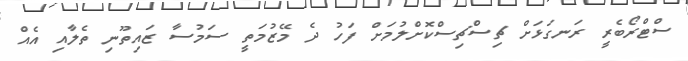
ސްޓްރޯބެރީ ރަނގަޅަށް ޗިސްޗިސްކޮށްލުމަށް ފަހު ދެ މޭޒުމަތީ ސަމުސާ ޒައިތޫނި ތެލާއި އެއް